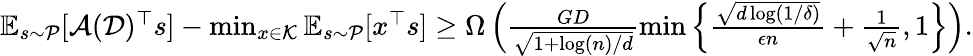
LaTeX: \begin{array}{r}{\mathbb{E}_{s\sim\mathcal{P}}[\mathcal{A}(\mathcal{D})^{\top}s]-\operatorname*{min}_{x\in\mathcal{K}}\mathbb{E}_{s\sim\mathcal{P}}[x^{\top}s]\ge\Omega\left(\frac{GD}{\sqrt{1+\log(n)/d}}\operatorname*{min}\left\{ \frac{\sqrt{d\log(1/\delta)}}{\epsilon n}+\frac{1}{\sqrt{n}},1\right\} \right).}\end{array}